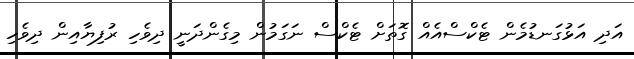
އަދި އަޅުގަނޑުމެން ޓެކްސްއެއް ގޮތަށް ޓެކްސް ނަގަމުން މިގެންދަނީ ދިވެހި ރުފިޔާއިން ދިވެހި